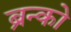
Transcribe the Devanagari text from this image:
ब्रन्को